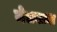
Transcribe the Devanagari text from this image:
जेलखाना